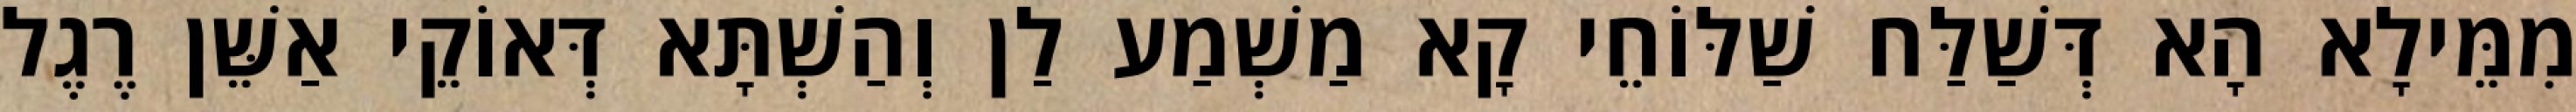
מִמֵּילָא הָא דְּשַׁלַּח שַׁלּוֹחֵי קָא מַשְׁמַע לַן וְהַשְׁתָּא דְּאוֹקֵי אַשֵּׁן רֶגֶל